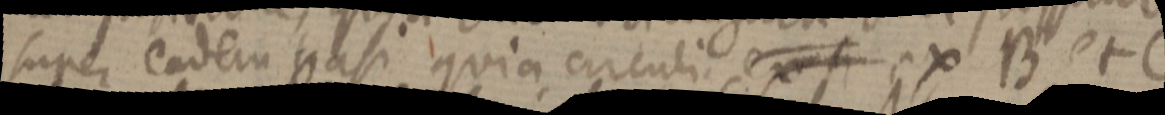
super eadem basi quia circuli ex si ex B et C